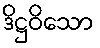
ဒိဋ္ဌဝိသော